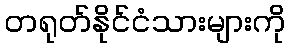
တရုတ်နိုင်ငံသားများကို